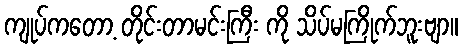
ကျုပ်ကတော့ တိုင်းတာမင်းကြီး ကို သိပ်မကြိုက်ဘူးဗျာ။